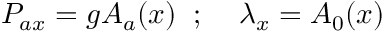
P _ { a x } = g A _ { a } ( x ) \; \; ; \; \; \; \; \lambda _ { x } = A _ { 0 } ( x )